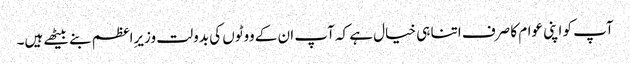
آپ کو اپنی عوام کا صرف اتنا ہی خیال ہے کہ آپ ان کے ووٹوں کی بدولت وزیرِاعظم بنے بیٹھے ہیں۔